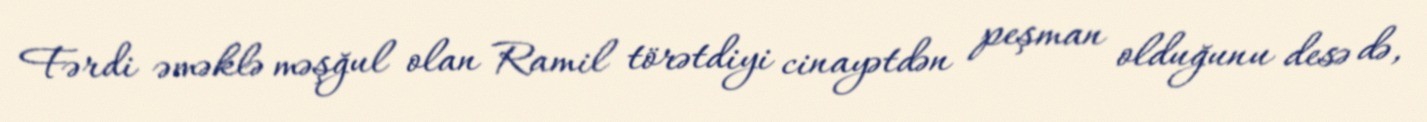
Fərdi əməklə məşğul olan Ramil törətdiyi cinayətdən peşman olduğunu desə də,